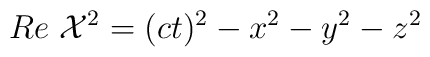
Re \; {\cal X}^{2} = (ct)^{2} - x^{2} - y^{2} - z^{2}